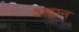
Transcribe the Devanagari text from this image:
अट्ठान